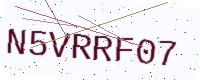
Text: N5VRRF07